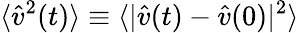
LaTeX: \langle\hat{v}^{2}(t)\rangle\equiv\langle|\hat{v}(t)-\hat{v}(0)|^{2}\rangle